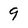
Character: 9